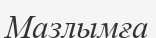
Мазлымға